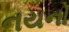
નયનો